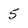
Character: 5